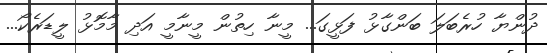
ދުންޔާ ހުރެބަލަ ބަންގާޅު ފަޅީގަ... މީނާ ހިތުން މީނާމީ އަދި މާމޮޅު ލީޑަރެކޯ...